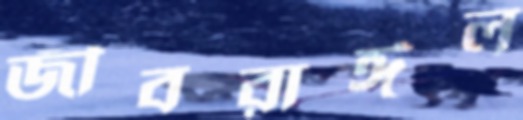
জীবরাঈল